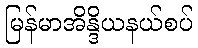
မြန်မာအိန္ဒိယနယ်စပ်